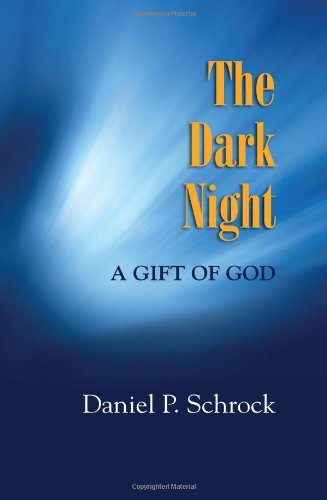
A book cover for The Dark Night: A Gift of God; Daniel P. Schrock; Christian Books & Bibles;